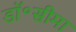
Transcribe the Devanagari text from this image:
डॉ॰सीमा